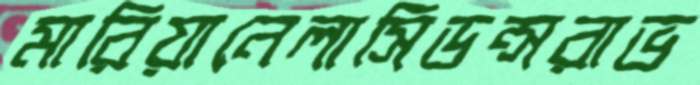
মারিয়ানেলাসিডন্সরাভ